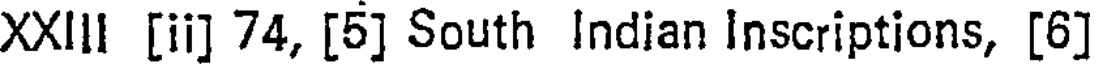
XXIIl [ii] 74, [5] South Indian Inscriptions, [6]